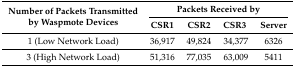
<table><thead><tr><td rowspan="2"><b>Number of Packets Transmitted by Waspmote Devices</b></td><td colspan="4"><b>Packets Received by</b></td></tr><tr><td><b>CSR1</b></td><td><b>CSR2</b></td><td><b>CSR3</b></td><td><b>Server</b></td></tr></thead><tbody><tr><td>1 (Low Network Load)</td><td>36,917</td><td>49,824</td><td>34,377</td><td>6326</td></tr><tr><td>3 (High Network Load)</td><td>51,316</td><td>77,035</td><td>63,009</td><td>5411</td></tr></tbody></table>